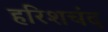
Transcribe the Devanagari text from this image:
हरिशचंद